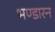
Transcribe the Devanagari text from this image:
भण्डारन